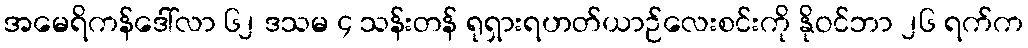
အမေရိကန်ဒေါ်လာ ၆၂ ဒသမ ၄ သန်းတန် ရုရှားရဟတ်ယာဉ်လေးစင်းကို နိုဝင်ဘာ ၂၆ ရက်က